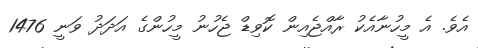
އެވެ. އެ މީހުނާއެކު ރާއްޖެއިން ކޮވިޑް ޖެހުނު މީހުންގެ އަދަދު ވަނީ 1476